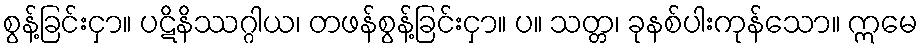
စွန့်ခြင်းငှာ။ ပဋိနိဿဂ္ဂါယ၊ တဖန်စွန့်ခြင်းငှာ။ ပ။ သတ္တ၊ ခုနစ်ပါးကုန်သော။ ဣမေ